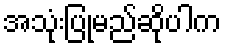
အသုံးပြုမည်ဆိုပါက